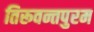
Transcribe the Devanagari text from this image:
तिरूवन्तपुरम